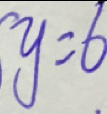
y = 6